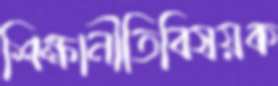
শিক্ষানীতিবিষয়ক